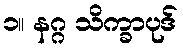
၁။ နဂ္ဂ သိက္ခာပုဒ်